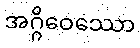
အဂ္ဂိဝေဿော